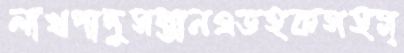
লাখপাদুসন্তানএডহকসহস্